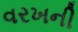
વરખની